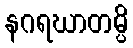
နဂရဃာတမ္ပိ